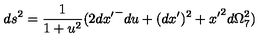
d s ^ { 2 } = \frac { 1 } { 1 + u ^ { 2 } } ( 2 { d x ^ { \prime } } ^ { - } d u + ( d x ^ { \prime } ) ^ { 2 } + { x ^ { \prime } } ^ { 2 } d \Omega _ { 7 } ^ { 2 } )